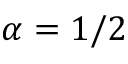
\alpha = 1 / 2